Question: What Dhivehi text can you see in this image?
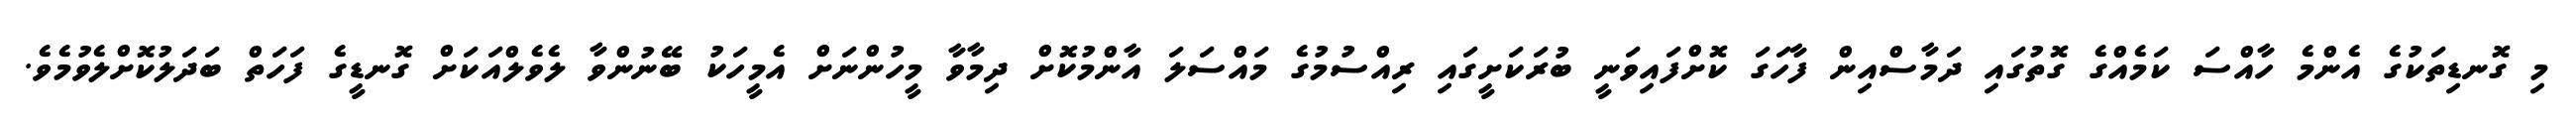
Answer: މި ގޮނޑިތަކުގެ އެންމެ ހާއްސަ ކަމެއްގެ ގޮތުގައި ދަމާސްއިން ފާހަގަ ކޮށްފައިވަނީ ބުރަކަށީގައި ރިއްސުމުގެ މައްސަލަ އާންމުކޮށް ދިމާވާ މީހުންނަށް އެމީހަކު ބޭނުންވާ ލެވެލްއަކަށް ގޮނޑީގެ ފަހަތް ބަދަލުކޮށްލެވުމެވެ.